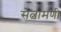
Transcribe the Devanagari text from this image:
सेल्वामणी